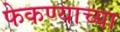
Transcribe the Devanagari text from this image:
फेकण्याच्या